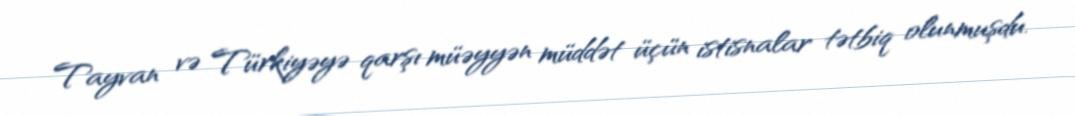
Tayvan və Türkiyəyə qarşı müəyyən müddət üçün istisnalar tətbiq olunmuşdu.